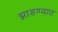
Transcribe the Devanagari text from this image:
झाडण्यात